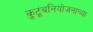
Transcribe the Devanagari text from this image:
कुटूंबनियोजनाच्या